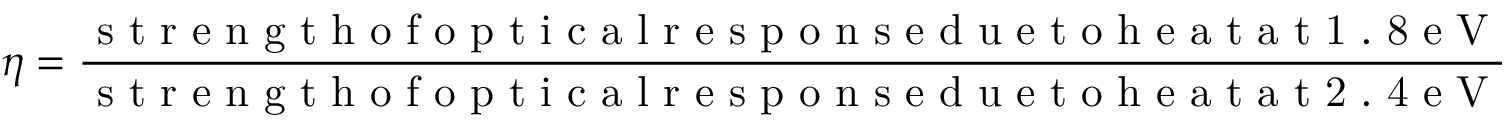
\eta = \frac { \mathrm { ~ s ~ t ~ r ~ e ~ n ~ g ~ t ~ h ~ o ~ f ~ o ~ p ~ t ~ i ~ c ~ a ~ l ~ r ~ e ~ s ~ p ~ o ~ n ~ s ~ e ~ d ~ u ~ e ~ t ~ o ~ h ~ e ~ a ~ t ~ a ~ t ~ 1 ~ . ~ 8 ~ e ~ V ~ } } { \mathrm { ~ s ~ t ~ r ~ e ~ n ~ g ~ t ~ h ~ o ~ f ~ o ~ p ~ t ~ i ~ c ~ a ~ l ~ r ~ e ~ s ~ p ~ o ~ n ~ s ~ e ~ d ~ u ~ e ~ t ~ o ~ h ~ e ~ a ~ t ~ a ~ t ~ 2 ~ . ~ 4 ~ e ~ V ~ } }